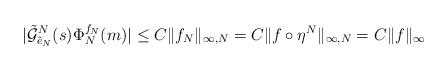
LaTeX: \begin{align*}|\tilde{\mathcal{G}}_{\tilde{e}_N}^N(s)\Phi_N^{f_N}(m)|\leq C\|f_N\|_{\infty,N}=C\|f\circ \eta^N\|_{\infty,N}=C\|f\|_\infty\end{align*}